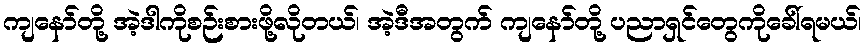
ကျနော်တို့ အဲ့ဒါကိုစဉ်းစားဖို့လိုတယ်၊ အဲ့ဒီအတွက် ကျနော်တို့ ပညာရှင်တွေကိုခေါ်ရမယ်၊